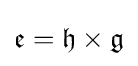
{\mathfrak {e}}={\mathfrak {h}}\times {\mathfrak {g}}